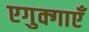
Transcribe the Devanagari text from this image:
एगुक्गाएँ